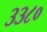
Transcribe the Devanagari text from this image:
३३८०